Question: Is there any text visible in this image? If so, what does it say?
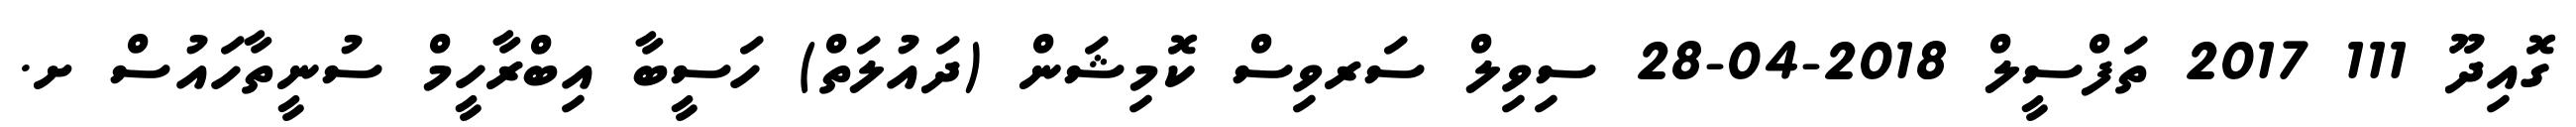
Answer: ގޮއިދޫ 111 2017 ތަފްސީލް 2018-04-28 ސިވިލް ސަރވިސް ކޮމިޝަން (ދައުލަތް) ހަސީބާ އިބްރާހީމް ސުނީތާހައުސް ށ.